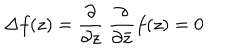
LaTeX: \Delta f ( z ) = \frac { \partial } { \partial z } ~ \frac { \partial } { \partial \bar { z } } f ( z ) = 0